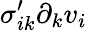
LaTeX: \sigma_{ik}^{\prime}\partial_{k}v_{i}